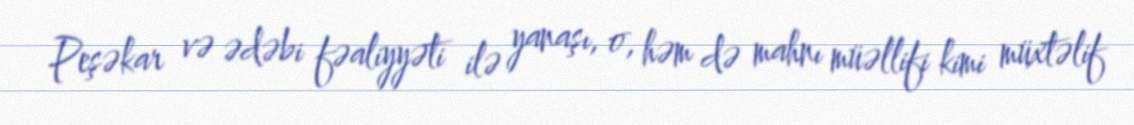
Peşəkar və ədəbi fəaliyyəti ilə yanaşı, o, həm də mahnı müəllifi kimi müxtəlif